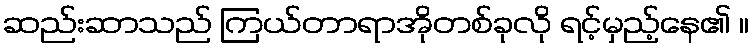
ဆည်းဆာသည် ကြယ်တာရာအိုတစ်ခုလို ရင့်မှည့်နေ၏ ။